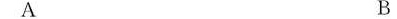
A B